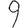
Digit: 9